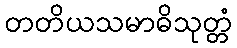
တတိယသမာဓိသုတ္တံ